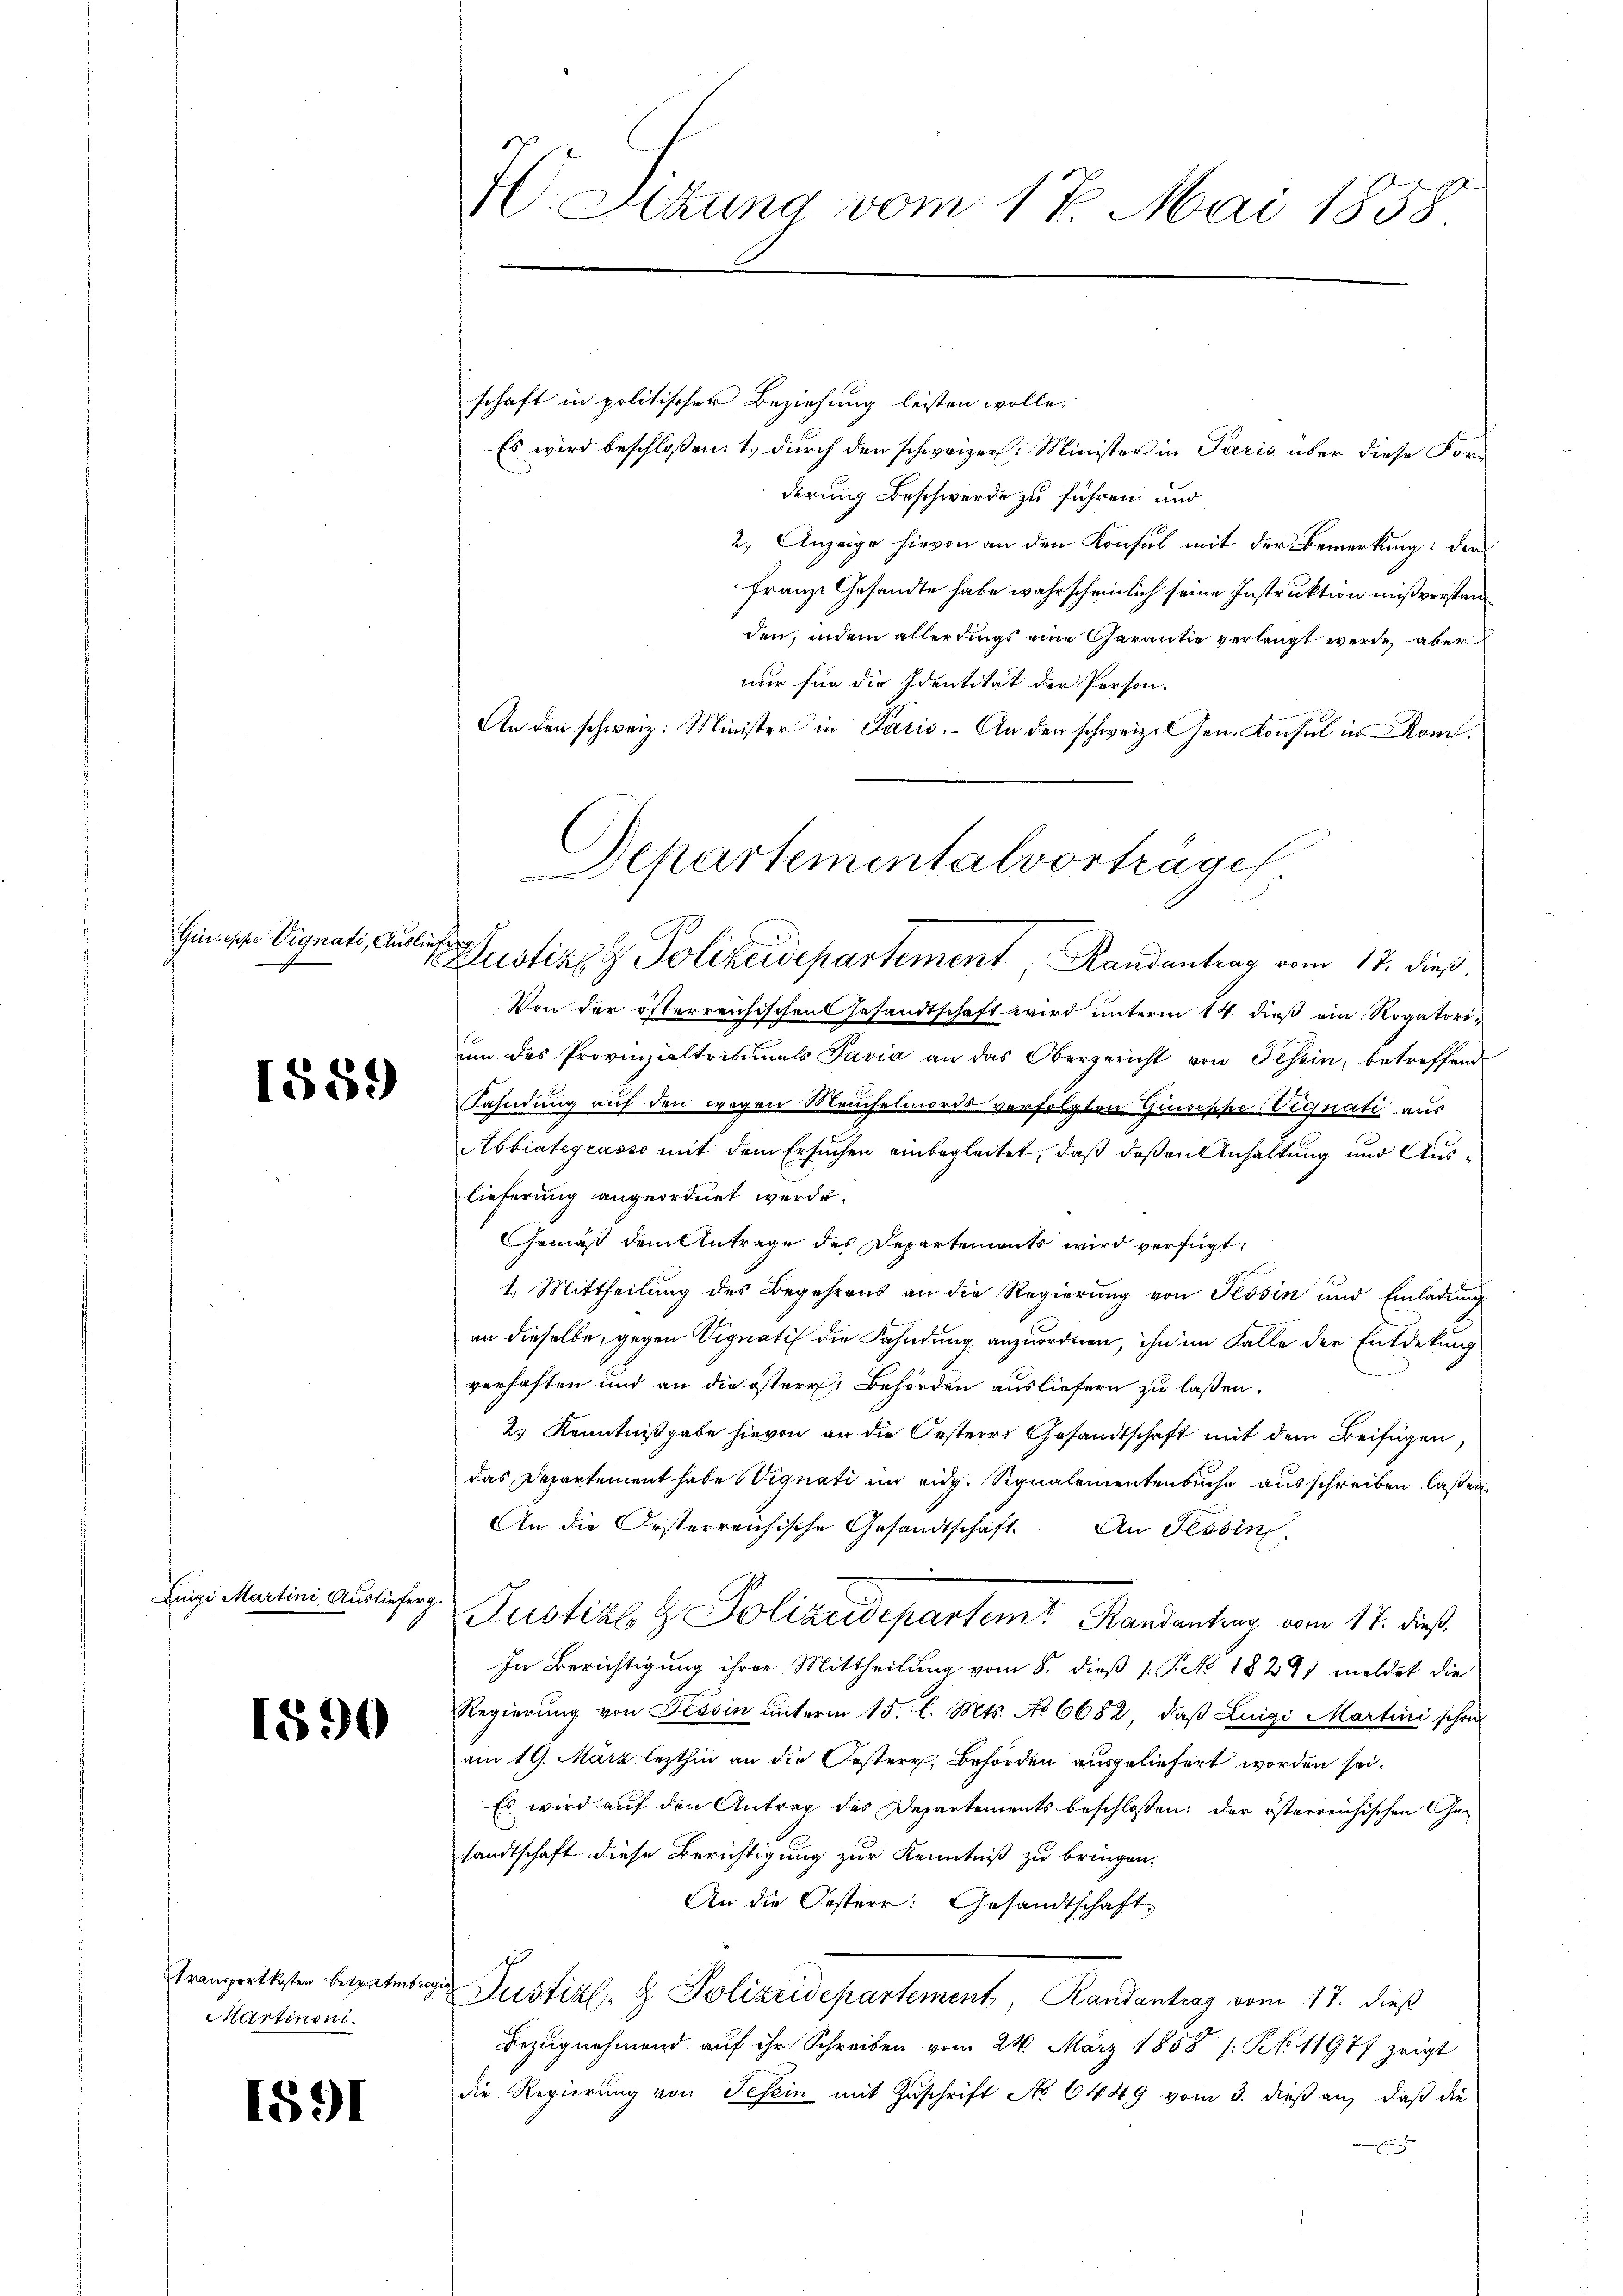
Guseppe Vignati, Ausliefer

1589

Luigi Martini, Auslieferg

1890

transportkosten betreter
Martinoni.

1891

C. Sitzung vom 17. Mai 1858

Departementalvorträge
Justiz & Polizeidepartement Randantrag vom 17. dieß.

schaft in politischer Beziehung leisten wolle.
Es wird beschloßen: 1., durch den schweizer: Minister in Paris über diese Forderung Beschwerde zu führen und
2.) Anzeige hievon an den Konsul mit der Bemerkung: der
Franze Gesandte habe wahrscheinlich seine Instruktion mißverstanden, indem allerdings eine Garantie verlangt werde, aber
nur für die Identität der Person.
An den schweiz. Minister in Paris. An den schweiz. Gen. Konsul in Rom.
Von der österreichischen Gesandtschaft wird unterm 14. dieß ein Rogatoriunn des Provinzialtribunals Pavia an das Obergericht von Tessin, betreffend
Fahndung auf den wegen Meuchelmords verfolgten Giuseppe Vignati aus
Abbintegrasso mit dem Ersuchen einbegleitet, daß deßen Anhaltung und Auslieferung angeordnet werde.
Gemäß dem Antrage des Departements wird verfügt:
1. Mittheilung des Begehrens an die Regierŭng von Tessin und Einladŭng
an dieselbe, gegen Vignati die Fahndung anzuordnen, ihn im Falle der Entdekung
verhaften und an die österer Behörden ausliefern zu laßen.
23 Kenntnißgabe hievon an die Oesteres Gesandtschaft mit dem Beifügen,
das Departement habe Vignati im eidg. Signalementenbuche ausschreiben laßen.
An die Ersterreichische Gesandtschaft. An Tessin
Justiz & Polizeidepartem? Handentrag vom 11. dieß
In Berichtigung ihrer Mittheilung vom 8. dieß 1. P. 18271 meldet die
Regierung von Tessin unterm 15. l. Mts. No 6682, daß Luigi Martini schon
am 19. März lezthin an die Oestern, Behörden ausgeliefert worden sei.
Es wird auf den Antrag des Departements beschloßen: der österreichischen Gesandtschaft diese Berichtigung zur Kenntniß zu bringen.
An die Oesterr. Gesandtschaft,
 Justiz- & Polizeidepartement Randantrag vom 17. dieß
Bezugnehmend auf ihr Schreiben vom 24. März 1858 /: No 11977 zeigt
die Regierung von Tessin mit Zuschrift No 6449 vom 3. dieß an, daß die